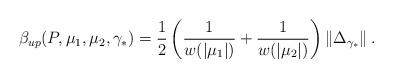
LaTeX: \begin{align*}\beta _{up} (P,\mu _1 ,\mu _2 ,{\gamma_*}) = \frac{{1}}{2}\left(\frac{1}{{w(\left| {\mu _1 } \right|)}} +\frac{1}{{w(\left| {\mu _2 } \right|)}}\right)\left\| {\Delta _{\gamma_*} }\right\|.\end{align*}